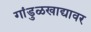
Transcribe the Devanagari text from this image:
गांडुळखाद्यावर